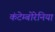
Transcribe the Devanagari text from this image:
कंटेम्बोरेनिया